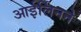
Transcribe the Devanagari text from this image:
आईर्लिनने